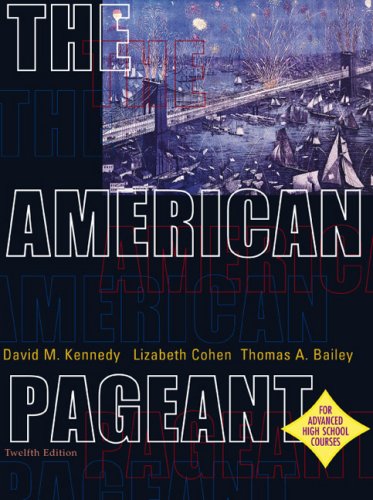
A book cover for The American Pageant:  A History of the Republic, 12th Edition; David M. Kennedy; Teen & Young Adult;